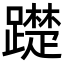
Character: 𨆄